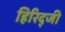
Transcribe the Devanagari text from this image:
हिरिद्जी